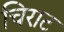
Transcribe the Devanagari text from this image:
चिराट